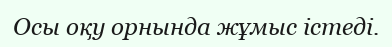
Осы оқу орнында жұмыс істеді.